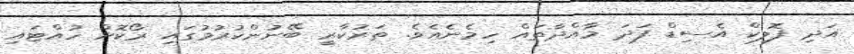
އަދި ފޮލިކް އެސިޑް ފަދަ މާއްދާތައް ހިމެނެއެވެ. ތަރުކާރީ ބޭނުންކުރުމުގައި ރޯކޮށް ހުއްޓައި